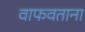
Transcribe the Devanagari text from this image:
वाफवताना